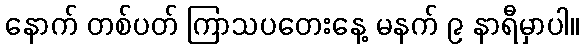
နောက် တစ်ပတ် ကြာသပတေးနေ့ မနက် ၉ နာရီမှာပါ။